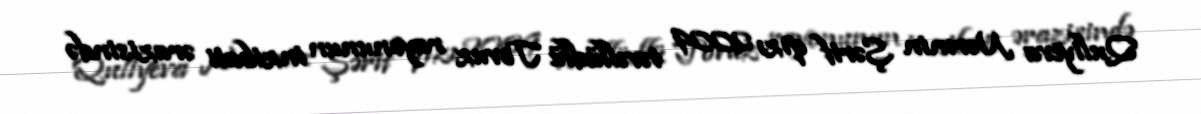
Quliyeva Nərmin Şərif qızı 2009 təvəllüdlü Tovuz rayonunun inzibati ərazisində